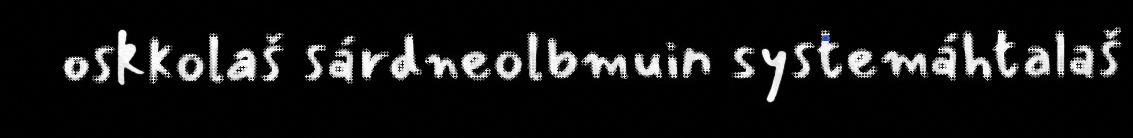
oskkolaš sárdneolbmuin systemáhtalaš